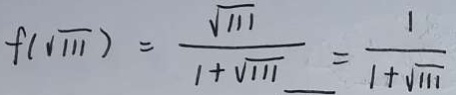
f ( \sqrt { 1 1 1 } ) = \frac { \sqrt { 1 1 1 } } { 1 + \sqrt { 1 1 1 } } = \frac { 1 } { 1 + \sqrt { 1 1 1 } }